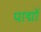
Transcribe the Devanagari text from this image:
पाद्मों